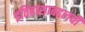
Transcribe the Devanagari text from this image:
इतिहासाबद्दलची